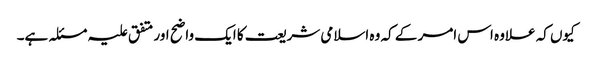
کیوں کہ علاوہ اس امر کے کہ وہ اسلامی شریعت کا ایک واضح اور متفق علیہ مسئلہ ہے۔